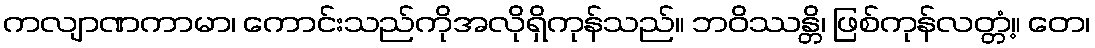
ကလျာဏကာမာ၊ ကောင်းသည်ကိုအလိုရှိကုန်သည်။ ဘဝိဿန္တိ၊ ဖြစ်ကုန်လတ္တံ့။ တေ၊